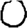
Digit: 0